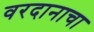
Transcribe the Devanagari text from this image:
वरदानाचा